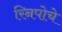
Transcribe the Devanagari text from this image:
रिनपोचे